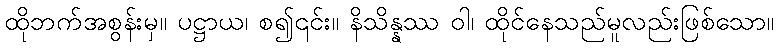
ထိုဘက်အစွန်းမှ။ ပဋ္ဌာယ၊ စ၍၎င်း။ နိသိန္နဿ ဝါ၊ ထိုင်နေသည်မူလည်းဖြစ်သော။